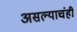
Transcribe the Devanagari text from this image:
असल्याचंही